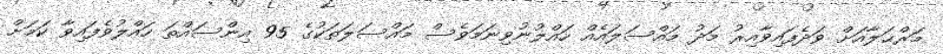
މަރްޙަލާއަށް ވަދެފައިވާއިރު މަދު މައްސަލައެއް ހައްލުނުވިނަމަވެސް މައްސަލަތަކުގެ 95 އިންސައްތަ ހައްލުވެފައިވާ ކަމަށް